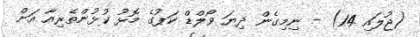
(ޖުލައި 14) - ނިމިގެން ދިޔަ ވޯލްޑް ކަޕުގެ މޮޅު ކުޅުންތެރިއާ އަށް